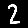
Digit: 2